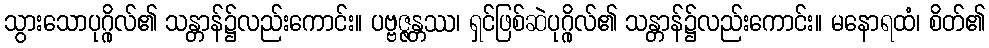
သွားသောပုဂ္ဂိုလ်၏ သန္တာန်၌လည်းကောင်း။ ပဗ္ဗဇ္ဇန္တဿ၊ ရှင်ဖြစ်ဆဲပုဂ္ဂိုလ်၏ သန္တာန်၌လည်းကောင်း။ မနောရထံ၊ စိတ်၏